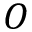
O